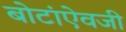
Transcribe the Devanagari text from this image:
बोटांऐवजी